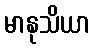
မာနုသိယာ